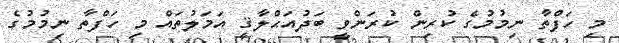
މި ހަފްތާ ނިމުމުގެ ކުރިން ކުރަންވީ ބަދުއަޙްލާޤީ އަމަލުތައް މި ހަފްތާ ނިމުމުގެ